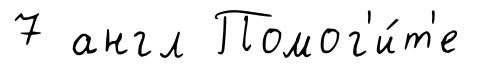
7 англ Помог'и́т'е